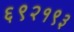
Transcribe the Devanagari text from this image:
६९२१९३